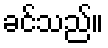
ခင်သည်။